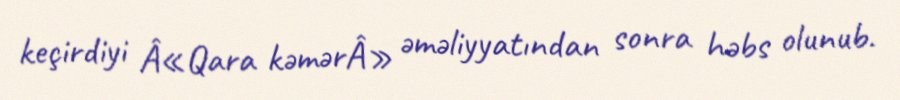
keçirdiyi Â«Qara kəmərÂ» əməliyyatından sonra həbs olunub.